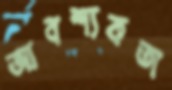
আবশ্যকতা